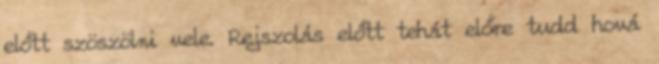
előtt szöszölni vele. Rejszolás előtt tehát előre tudd hová